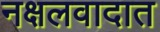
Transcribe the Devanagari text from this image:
नक्षलवादात